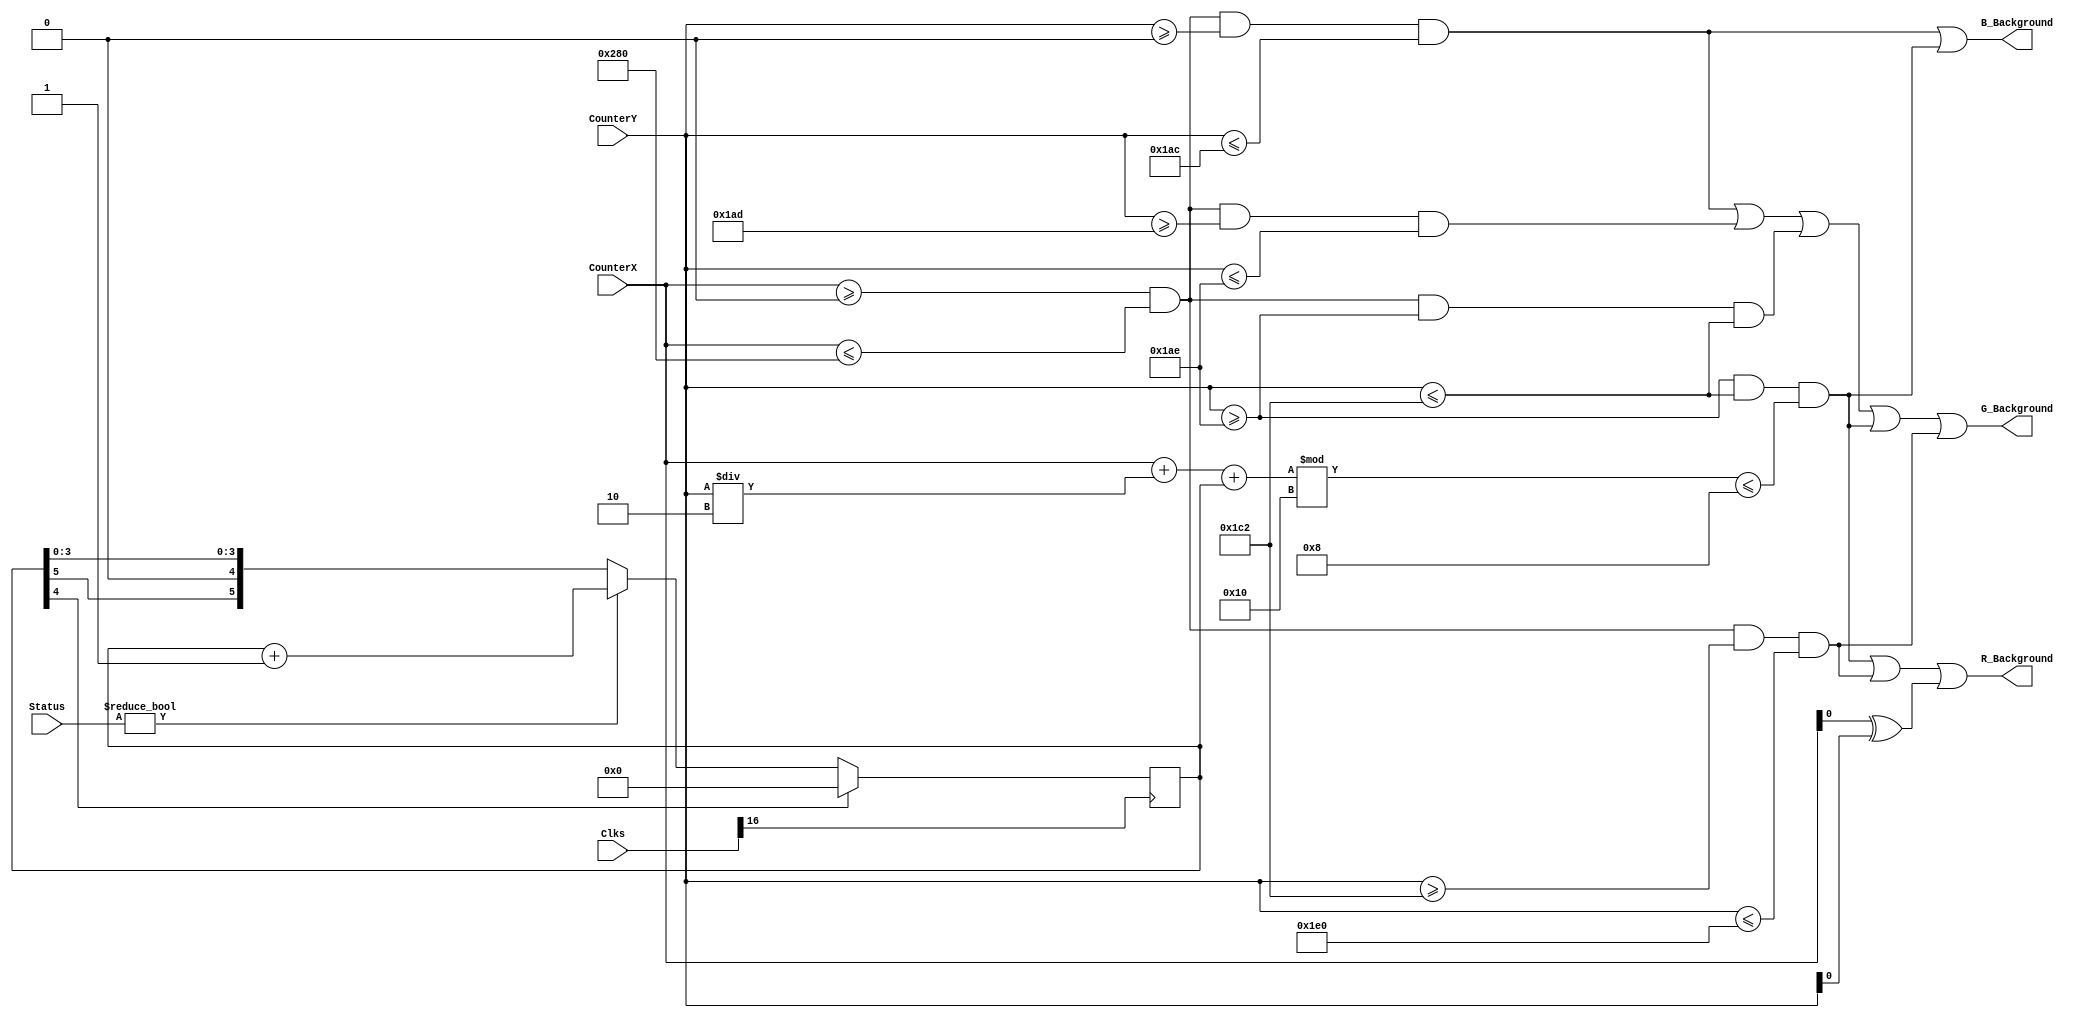
`timescale 1ns / 1ps
//////////////////////////////////////////////////////////////////////////////////
// Company: 
// Engineer: 
// 
// Design Name: 
// Module Name:    DrawBackground 
// Project Name: 
// Target Devices: 
// Tool versions: 
// Description: 
//
// Dependencies: 
//
// Revision: 
// Revision 0.01 - File Created
// Additional Comments: 
//
//////////////////////////////////////////////////////////////////////////////////
module DrawBackground(input [24:0] Clks,Status,CounterX,CounterY,output reg R_Background,G_Background,B_Background);
//////////////////////////////////////////////////////////////////////////////////
reg [5:0] GrassPosition;
always @ (posedge Clks[16])
if (GrassPosition[4]==1) GrassPosition <= 0;
else if (Status) GrassPosition <= GrassPosition + 1;

//////////////////////////////////////////////////////////////////////////////////
reg Sky,Dirt,OnGrass,Grass,Ground,Cloud;
always @ (CounterX or CounterY)
begin

Sky <= (CounterX>=0) && (CounterX<=640) && (CounterY>=0) && (CounterY<=428);
Dirt <= (CounterX>=0) && (CounterX<=640) && (CounterY>=429) && (CounterY<=430);
OnGrass <= (CounterY>=430 && CounterY<=450) && ((CounterX + (CounterY/2) + GrassPosition) %16 <= 8);
Grass <= (CounterX>=0) && (CounterX<=640) && (CounterY>=430) && (CounterY<=450);
Ground <= (CounterX>=0) && (CounterX<=640) && (CounterY>=450) && (CounterY<=480);

/*Cloud <= (CounterX>=16*3) && (CounterX<=29*3) && (CounterY>=0*3) && (CounterY<=1*3)

|| (CounterX>=13*3) && (CounterX<=31*3) && (CounterY>=1*3) && (CounterY<=2*3)
|| (CounterX>=11*3) && (CounterX<=35*3) && (CounterY>=2*3) && (CounterY<=3*3)
|| (CounterX>=9*3) && (CounterX<=37*3) && (CounterY>=3*3) && (CounterY<=4*3)
||	(CounterX>=8*3) && (CounterX<=38*3) && (CounterY>=4*3) && (CounterY<=5*3)
||	(CounterX>=6*3) && (CounterX<=40*3) && (CounterY>=5*3) && (CounterY<=6*3)
||	(CounterX>=5*3) && (CounterX<=41*3) && (CounterY>=6*3) && (CounterY<=7*3)
||	(CounterX>=4*3) && (CounterX<=41*3) && (CounterY>=7*3) && (CounterY<=8*3)
||	(CounterX>=4*3) && (CounterX<=42*3) && (CounterY>=8*3) && (CounterY<=9*3)
||	(CounterX>=3*3) && (CounterX<=43*3) && (CounterY>=9*3) && (CounterY<=10*3)
||	(CounterX>=2*3) && (CounterX<=44*3) && (CounterY>=10*3) && (CounterY<=11*3)
||	(CounterX>=2*3) && (CounterX<=44*3) && (CounterY>=11*3) && (CounterY<=12*3)
||	(CounterX>=54*3) && (CounterX<=69*3) && (CounterY>=11*3) && (CounterY<=12*3)
||	(CounterX>=1*3) && (CounterX<=45*3) && (CounterY>=12*3) && (CounterY<=13*3)
||	(CounterX>=52*3) && (CounterX<=73*3) && (CounterY>=12*3) && (CounterY<=13*3)
||	(CounterX>=1*3) && (CounterX<=45*3) && (CounterY>=13*3) && (CounterY<=14*3)
||	(CounterX>=51*3) && (CounterX<=75*3) && (CounterY>=13*3) && (CounterY<=14*3)
||	(CounterX>=1*3) && (CounterX<=46*3) && (CounterY>=14*3) && (CounterY<=15*3)
||	(CounterX>=49*3) && (CounterX<=77*3) && (CounterY>=14*3) && (CounterY<=15*3)
||	(CounterX>=0*3) && (CounterX<=46*3) && (CounterY>=15*3) && (CounterY<=16*3)
||	(CounterX>=49*3) && (CounterX<=78*3) && (CounterY>=15*3) && (CounterY<=16*3)
||	(CounterX>=0*3) && (CounterX<=47*3) && (CounterY>=16*3) && (CounterY<=17*3)
||	(CounterX>=48*3) && (CounterX<=79*3) && (CounterY>=16*3) && (CounterY<=17*3)
||	(CounterX>=0*3) && (CounterX<=79*3) && (CounterY>=17*3) && (CounterY<=18*3)
||	(CounterX>=0*3) && (CounterX<=79*3) && (CounterY>=18*3) && (CounterY<=19*3)
||	(CounterX>=0*3) && (CounterX<=79*3) && (CounterY>=19*3) && (CounterY<=20*3)
||	(CounterX>=0*3) && (CounterX<=79*3) && (CounterY>=20*3) && (CounterY<=21*3);
*/

R_Background = OnGrass | Ground | CounterX^CounterY;
G_Background = Sky | Dirt | Grass | OnGrass | Ground;
B_Background = Sky | OnGrass ;
end
endmodule